Rangoon Lunatic Asylum 1898-1906 - 1898-1906
Year: 1898
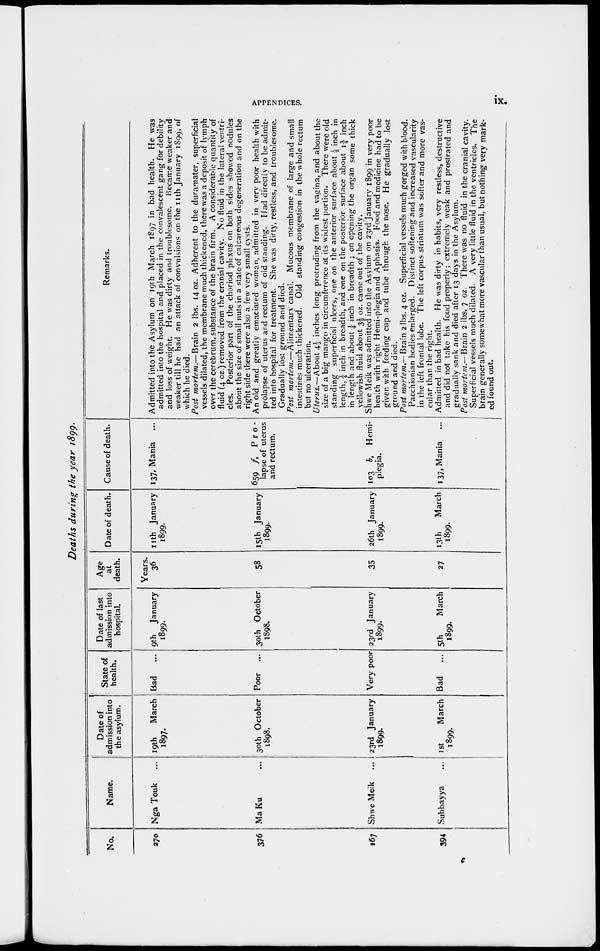
APPENDICES.
ix.
Deaths during the year 1899.
No.
270
376
167
394
Name.
Nga Touk ...
Ma Ku ...
Shwe Meik ...
Subbayya ...
Date of
admission into
the asylum.
19th
March
1897.
30th October
1898.
23rd January
1899.
1st
March
1899.
State of
health.
Bad ...
Poor
...
Very poor
Bad
...
Date of last
admission into
hospital.
9th
January
1899.
30th October
1898.
23rd January
1899.
5th
March
1899.
Age
at
death.
Years.
36
58
35
27
Date of death.
11th January
1899.
15th January
1899.
26th January
1899.
13th
March
1899.
Cause of death.
137, Mania ...
659 f,
Pro-
lapse of uterus
and rectum.
103 b, Hemi-
plegia.
137, Mania
Remarks.
Admitted into the Asylum on 19th March 1897 in bad health. He was
admitted into the hospital and placed in the convalescent gang for debility
and loss of weight. He was dirty and troublesome. Became weaker and
weaker till he had an attack of convulsions on the nth January 1899, of
which he died.
Post mortem.—Brain
2 lbs. 14 oz. Adherent to the duramater, superficial
vessels dilated, the membrane much thickened, there was a deposit of lymph
over the cerebrum, substance of the brain firm. A considerable quantity of
fluid (4 oz.) removed from the cranial cavity. No fluid in the lateral ventri-
cles. Posterior part of the choriod plexus on both sides showed nodules
about the size of small nuts in a state of calcareous degeneration and on the
right side there were also a few very small cysts.
An old and greatly emaciated woman, admitted in very poor health with
prolapse of uterus and rectum of old standing. Had directly to be admit-
ted into hospital for treatment. She was dirty, restless, and troublesome.
Gradually lost ground and died.
Post mortem.—Alimentary
canal. Mucous membrane of large and small
intestines much thickened. Old standing congestion in the whole rectum
but no ulceration.
Uterus.—About 4½ inches long protruding from the vagina, and about the
size of a big mango in circumference at its widest portion. There were old
standing superficial ulcers, one on the anterior surface about ½ inch in
length, ¼ inch in breadth, and one on the posterior surface about 1¼ inch
in length and about ¼ inch in breadth ; on opening the organ some thick
yellowish fluid about 3½ oz. came out of the cavity.
Shwe Meik was admitted into the Asylum on 23rd January 1899 in very poor
health with right Hemi-plegia and Aphasia. Food and medicine had to be
given with feeding cup and tube through the nose. He gradually lost
ground and died.
Post mortem,— Brain 2 lbs. 4 oz. Superficial vessels much gorged with blood.
Pacchionian bodies enlarged. Distinct softening and increased vascularity
in the left frontal lobe. The left corpus striatum was softer and more vas-
cular than the right.
Admitted in bad health. He was dirty in habits, very restless, destructive
and did not take his food properly; extremely weak and prostrated and
gradually sank and died after 13 days in the Asylum.
Post mortem.— Brain 2 lbs. 7 oz. There was no fluid in the cranial cavity.
Superficial vessels much dilated. A very little fluid in the ventricles. The
brain generally somewhat more vascular than usual, but nothing very mark-
ed found out.